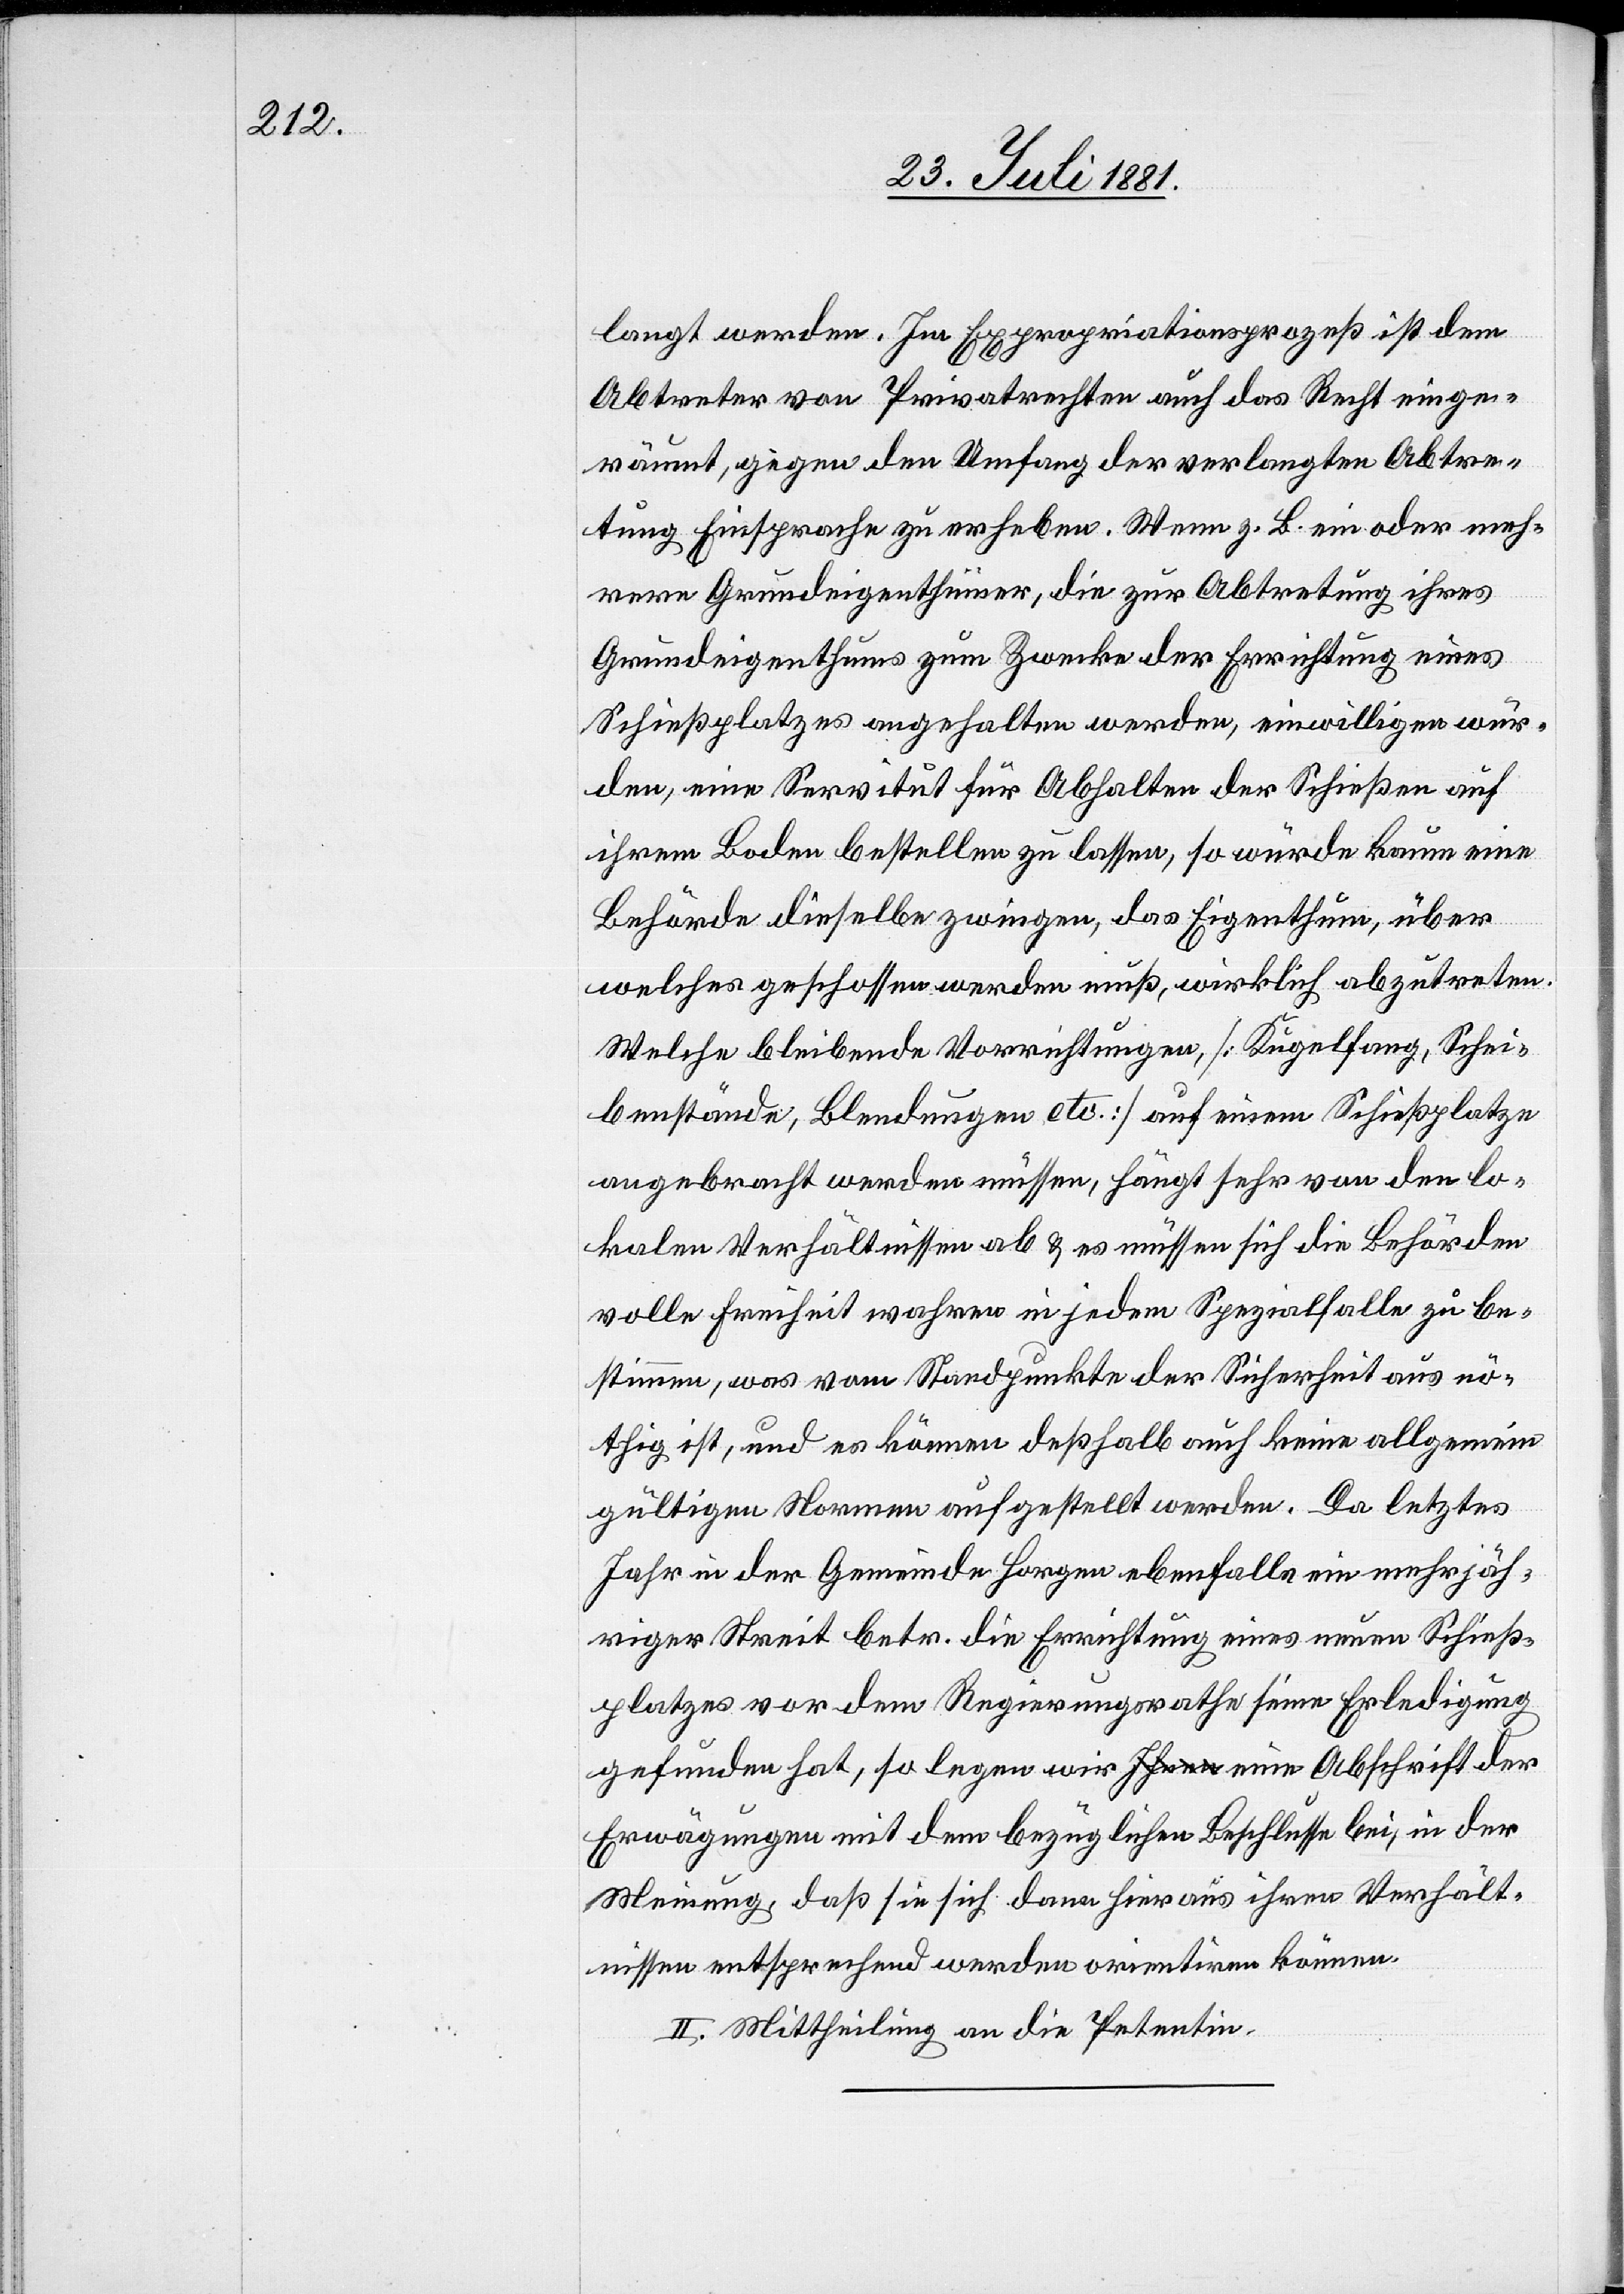
langt werden. Im Expropriationsprozeß ist dem
Abtreter von Privatrechten auch das Recht einge¬
räumt, gegen den Umfang der verlangten Abtre¬
tung Einsprache zu erheben. Wenn z. B. ein oder meh¬
rere Grundeigenthümer, die zur Abtretung ihres
Grundeigenthums zum Zwecke der Errichtung eines
Schießplatzes angehalten werden, einwilligen wür¬
den, eine Servitut für Abhalten der Schießen auf
ihrem Boden bestellen zu lassen, so würde kaum eine
Behörde dieselbe[n] zwingen, das Eigenthum, über
welches geschossen werden muß, wirklich abzutreten.
Welche bleibende Vorrichtungen [Kugelfang, Schei¬
benstände, Blendungen etc.] auf einem Schießplatze
angebracht werden müssen, hängt sehr von den lo¬
kalen Verhältnissen ab & es müssen sich die Behörden
volle Freiheit wahren in jedem Spezialfalle zu be¬
stimmen, was vom Standpunkte der Sicherheit aus nö¬
thig ist, und es können deßhalb auch keine allgemein
gültigen Normen aufgestellt werden. Da letztes
Jahr in der Gemeinde Horgen ebenfalls ein mehrjäh¬
riger Streit betr. die Errichtung eines neuen Schieß¬
platzes vor dem Regierungsrathe seine Erledigung
gefunden hat, so legen wir eine Abschrift der
Erwägungen mit dem bezüglichen Beschlusse bei, in der
Meinung, daß sie sich dann hieraus ihren Verhält¬
nissen entsprechend werden orientiren können.
II. Mittheilung an die Petentin.